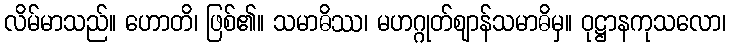
လိမ်မာသည်။ ဟောတိ၊ ဖြစ်၏။ သမာဓိဿ၊ မဟဂ္ဂုတ်ဈာန်သမာဓိမှ။ ဝုဋ္ဌာနကုသလော၊